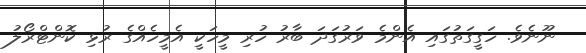
ނޫނެވެ. ހަގީގަތުގައި އެންމެ ވަރުގަދަ ބާރު ހުރި މީހަކީ އެމީހެއްގެ ރުޅި ކޮންޓްރޯލު